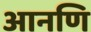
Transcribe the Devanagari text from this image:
आनणि